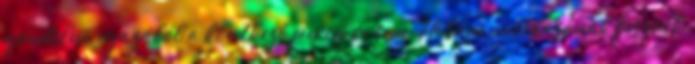
gondolni, igazából a következő percekre sem. Hátam mellkasának feszült,